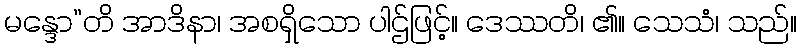
မန္ဒော”တိ အာဒိနာ၊ အစရှိသော ပါဌ်ဖြင့်။ ဒေဿတိ၊ ၏။ သေသံ၊ သည်။